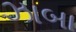
ઝાબા